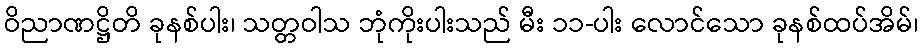
ဝိညာဏဋ္ဌိတိ ခုနစ်ပါး၊ သတ္တဝါသ ဘုံကိုးပါးသည် မီး ၁၁-ပါး လောင်သော ခုနစ်ထပ်အိမ်၊